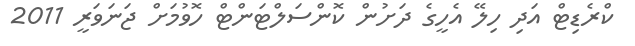
ކްރެޑިޓް އަދި ހިލޭ އެހީގެ ދަށުން ކޮންސަލްޓަންޓް ހޮވުމަށް ޖަނަވަރީ 2011